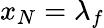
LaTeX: x_{N}=\lambda_{f}